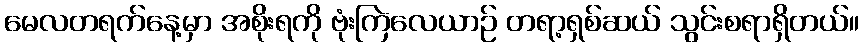
မေလတရက်နေ့မှာ အစိုးရကို ဗုံးကြဲလေယာဉ် တရာ့ရှစ်ဆယ် သွင်းစရာရှိတယ်။